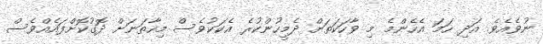
ނުވެއެވެ. އަދި ހަމަ އެހެންމެ މި ވާހަކަތަށް ދެމީހުންކުރެ އެކަކުވެސް މިހާތަނަށް ދޮގުކޮށްފައެއްވެސް